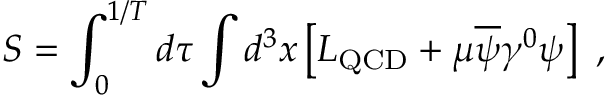
S = \int _ { 0 } ^ { 1 / T } d \tau \int d ^ { 3 } x \left[ { \cal L } _ { \mathrm { Q C D } } + \mu \overline { { { \psi } } } \gamma ^ { 0 } \psi \right] \ ,